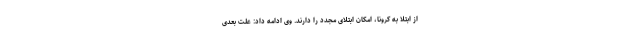
از ابتلا به کرونا، امکان ابتلای مجدد را دارند. وی ادامه داد: علت بعدی